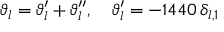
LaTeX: \vartheta _ { l } = \vartheta _ { l } ^ { \prime } + \vartheta _ { l } ^ { \prime \prime } , \quad \vartheta _ { l } ^ { \prime } = - 1 4 4 0 \, \delta _ { l , 1 }